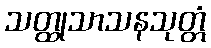
သတ္ထုသာသနသုတ္တံ